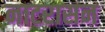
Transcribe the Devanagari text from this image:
नाटरासन